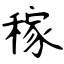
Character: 稼